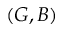
( G , B )